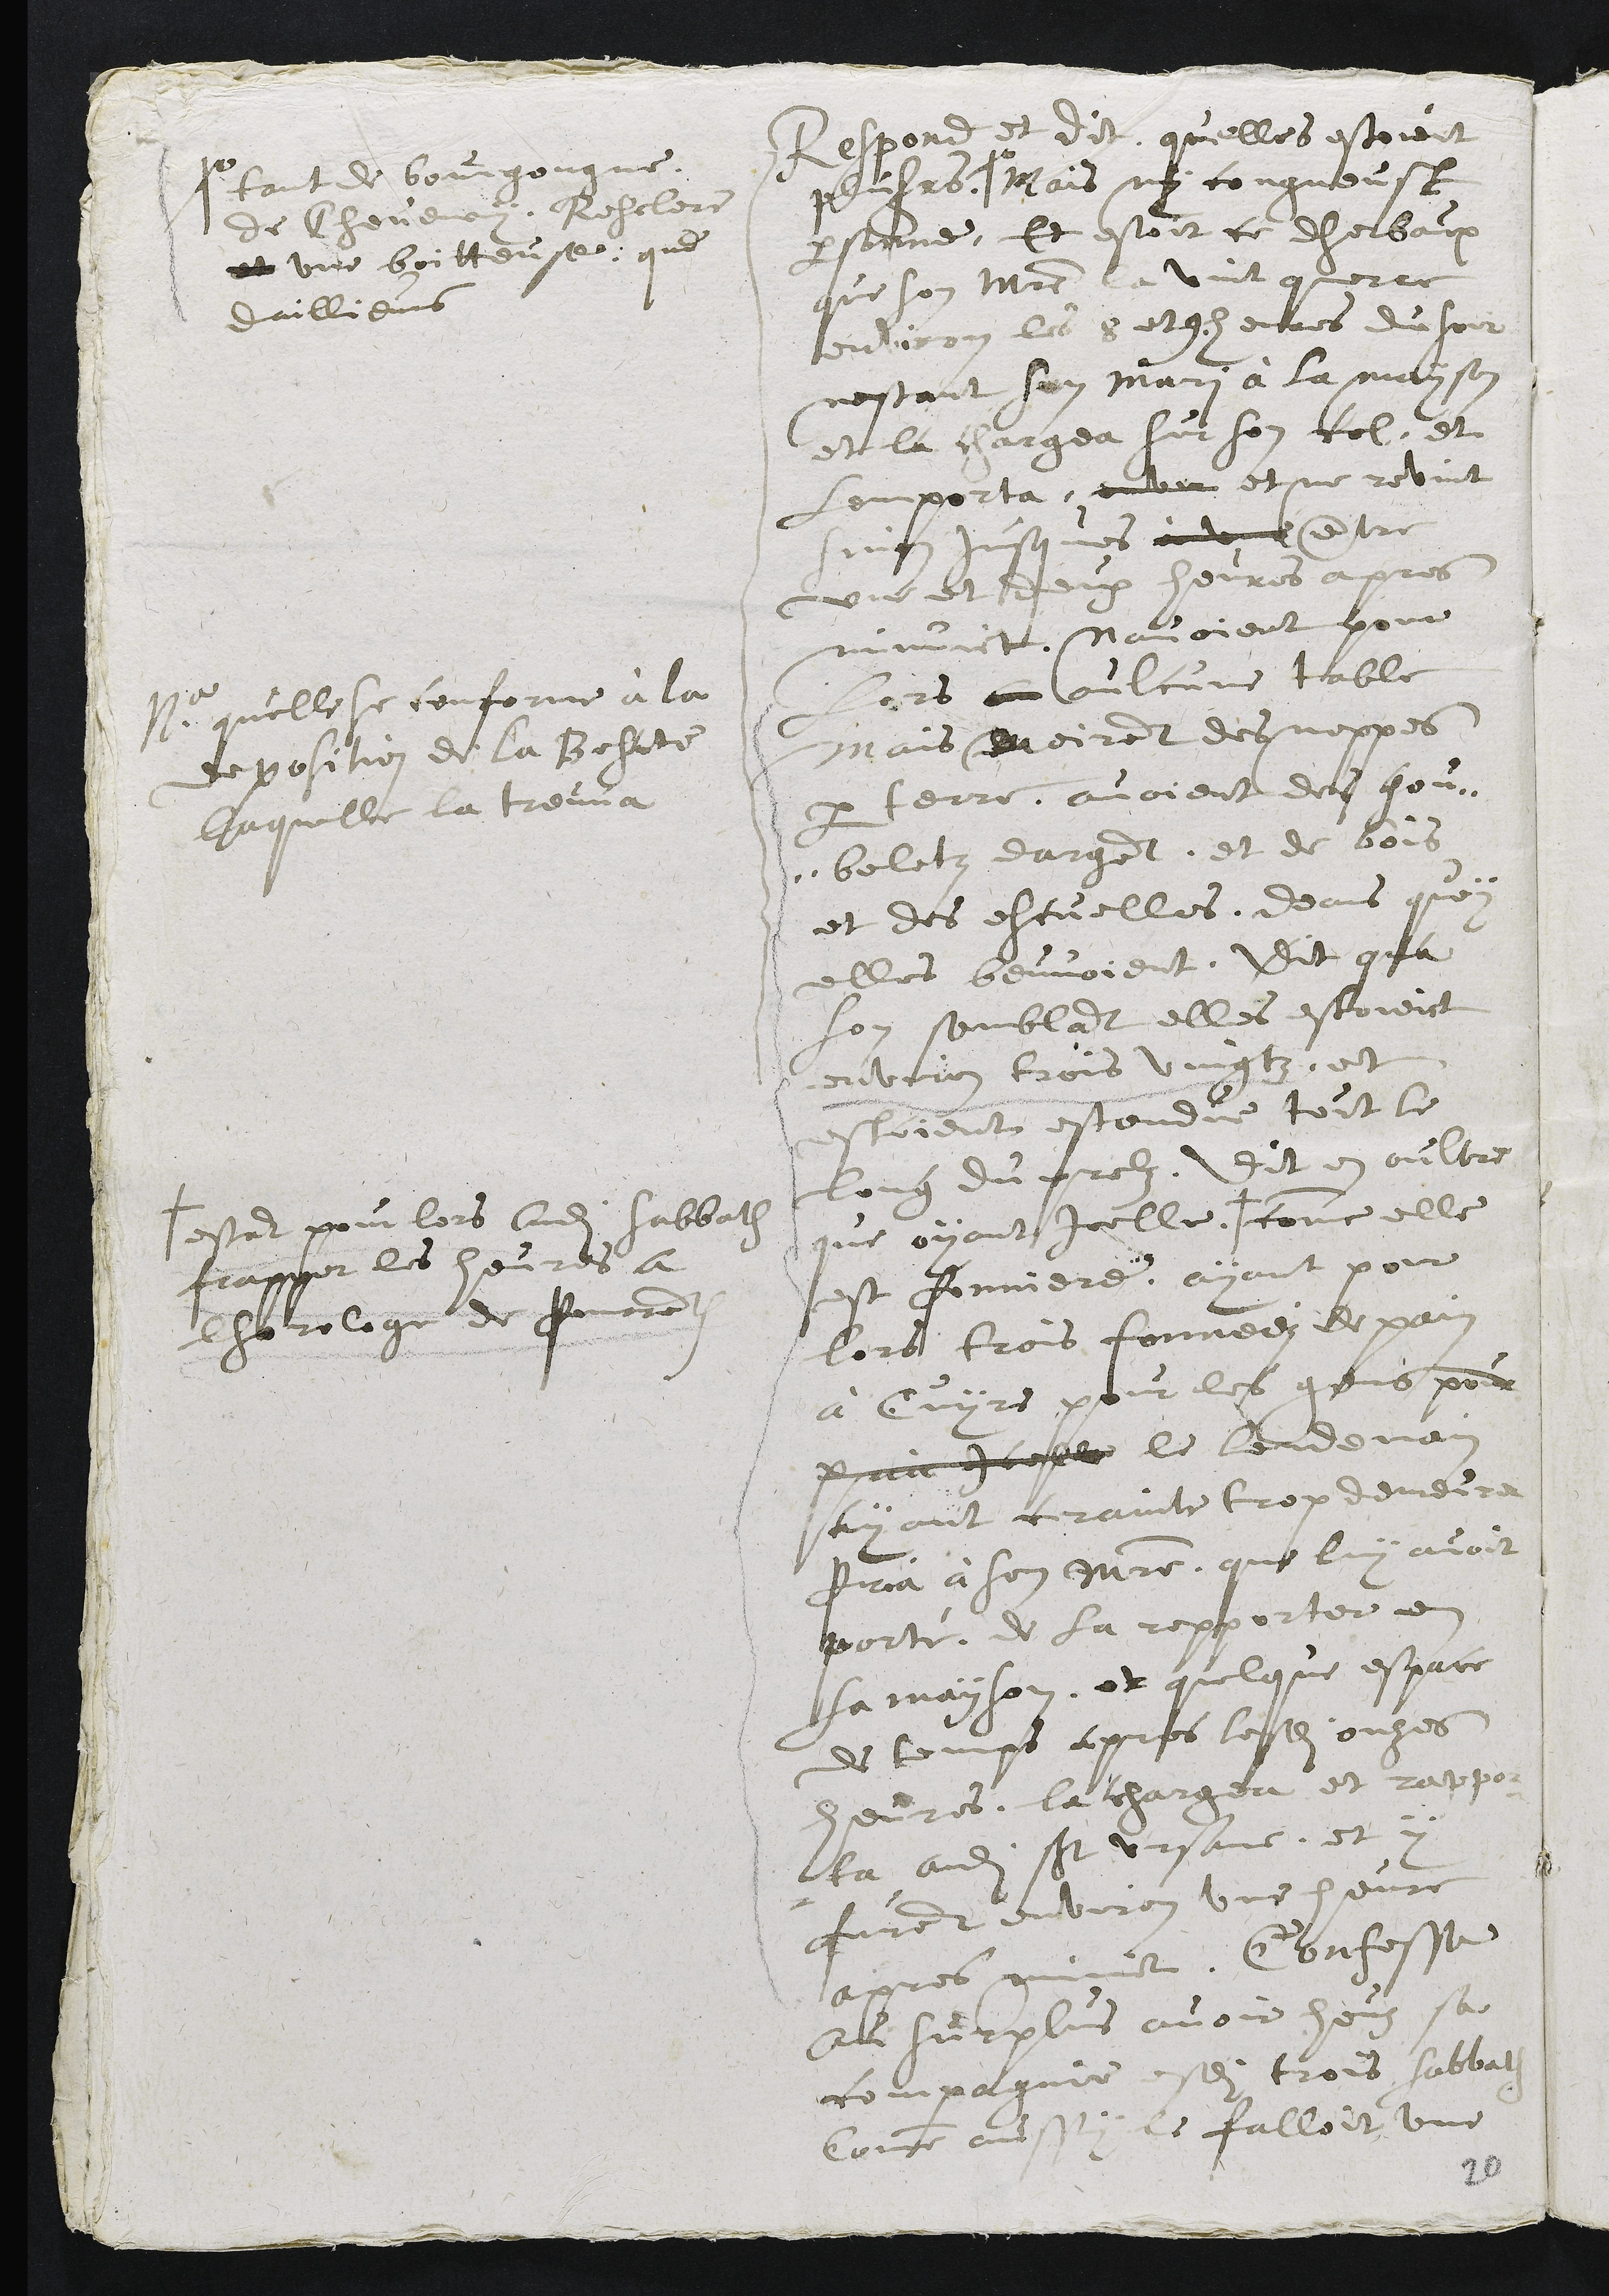
Respond et dit, quelles estoient
plusieurs Xo
Xo tant de bourgongne,
de Cheveney, Resclere
et une boitteuse, que
daillieurs
Mais ny congneust
personne, Et estoit ce dherbaux
que son Maistre la vint querre
environ les 8 ou 9. heures du soir
nestant son mari à la mayson
et la chargea sur son col, et
lemporta, envir et ne revint
sinon jusques à une entre
une et deux heures apres
minuict. Navoient pour
lors an aulcune table
mais meirent des nappes
par terre. avoient des gou-
-beletz dargent, et de bois
et des escuelles, deans quoy
elles beuvoient.
Nota quelle se conforme à la
deposition de la Besate
laquelle la treuva
Dit qua
son semblant elles estoient
environ trois vingtz, et
estoient estendue tout le
long du prelz. Dit en oultre
que oyant icelle +
+ estant pour lors audit sabbath
frapper les heures a
lhoreloge de Pourrentruy
comme elle
est forniere, ayant pour
lors trois fornees de pain
à Cuyre pour les gens pour
p??? icelle le lendemain
ayant crainte trop demeurer
pria à son maistre, que luy avoit
porté, de la repporter en
sa mayson, et quelque espace
de temps apres lesdits onzes
heures, la chargea et rappor
ta audit St-Ursanne. et y
furent environ une heure
apres minuict. Confesse
au surplus avoir heuz sa
compagnie esdits trois sabbath
Comme aussy le falloit une